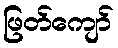
ဖြတ်ကျော်